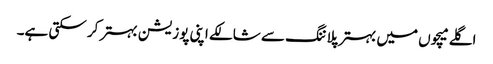
اگلے میچوں میں بہتر پلاننگ سے شالکے اپنی پوزیشن بہتر کر سکتی ہے۔